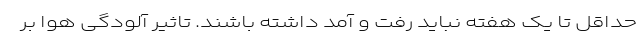
حداقل تا یک هفته نباید رفت و آمد داشته باشند. تاثیر آلودگی هوا بر